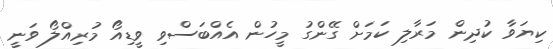
ކިޔަވާ ކުދިން މަރާލި ކަމަށް ގޭންގު މީހުން އެއްބަސްވި ވީޑިއޯ މުރިއްލޯ ވަނީ